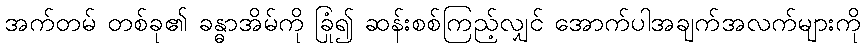
အက်တမ် တစ်ခု၏ ခန္ဓာအိမ်ကို ခြုံ၍ ဆန်းစစ်ကြည့်လျှင် အောက်ပါအချက်အလက်များကို